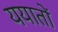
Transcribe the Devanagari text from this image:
ययातों